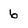
Character: 6